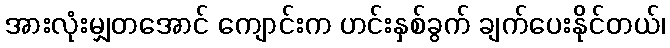
အားလုံးမျှတအောင် ကျောင်းက ဟင်းနှစ်ခွက် ချက်ပေးနိုင်တယ်၊